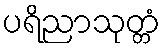
ပရိညာသုတ္တံ